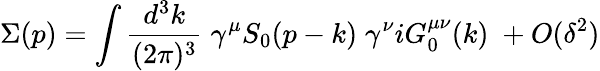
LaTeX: \Sigma(p)=\int{\frac{d^{3}k}{(2\pi)^{3}}}\; \gamma^{\mu}S_{0}(p-k)\; \gamma^{\nu}iG_{0}^{\mu\nu}(k)\; +O(\delta^{2})